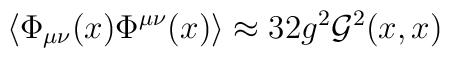
\left\langle  \Phi_{\mu\nu}(x) \Phi^{\mu\nu}(x)   \right\rangle \approx  32 g^2 {\cal G}^2 (x,x)